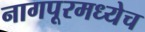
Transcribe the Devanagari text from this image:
नागपूरमध्येच